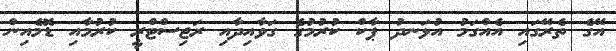
އޭގެ ތެރޭގައި އެއްގަމު އުޅަނދު ޕާކް ކުރުމުގެ ގަވާއިދާއި ރަޖިސްޓްރީ ކުރުމާއި ޑޮމެއިން